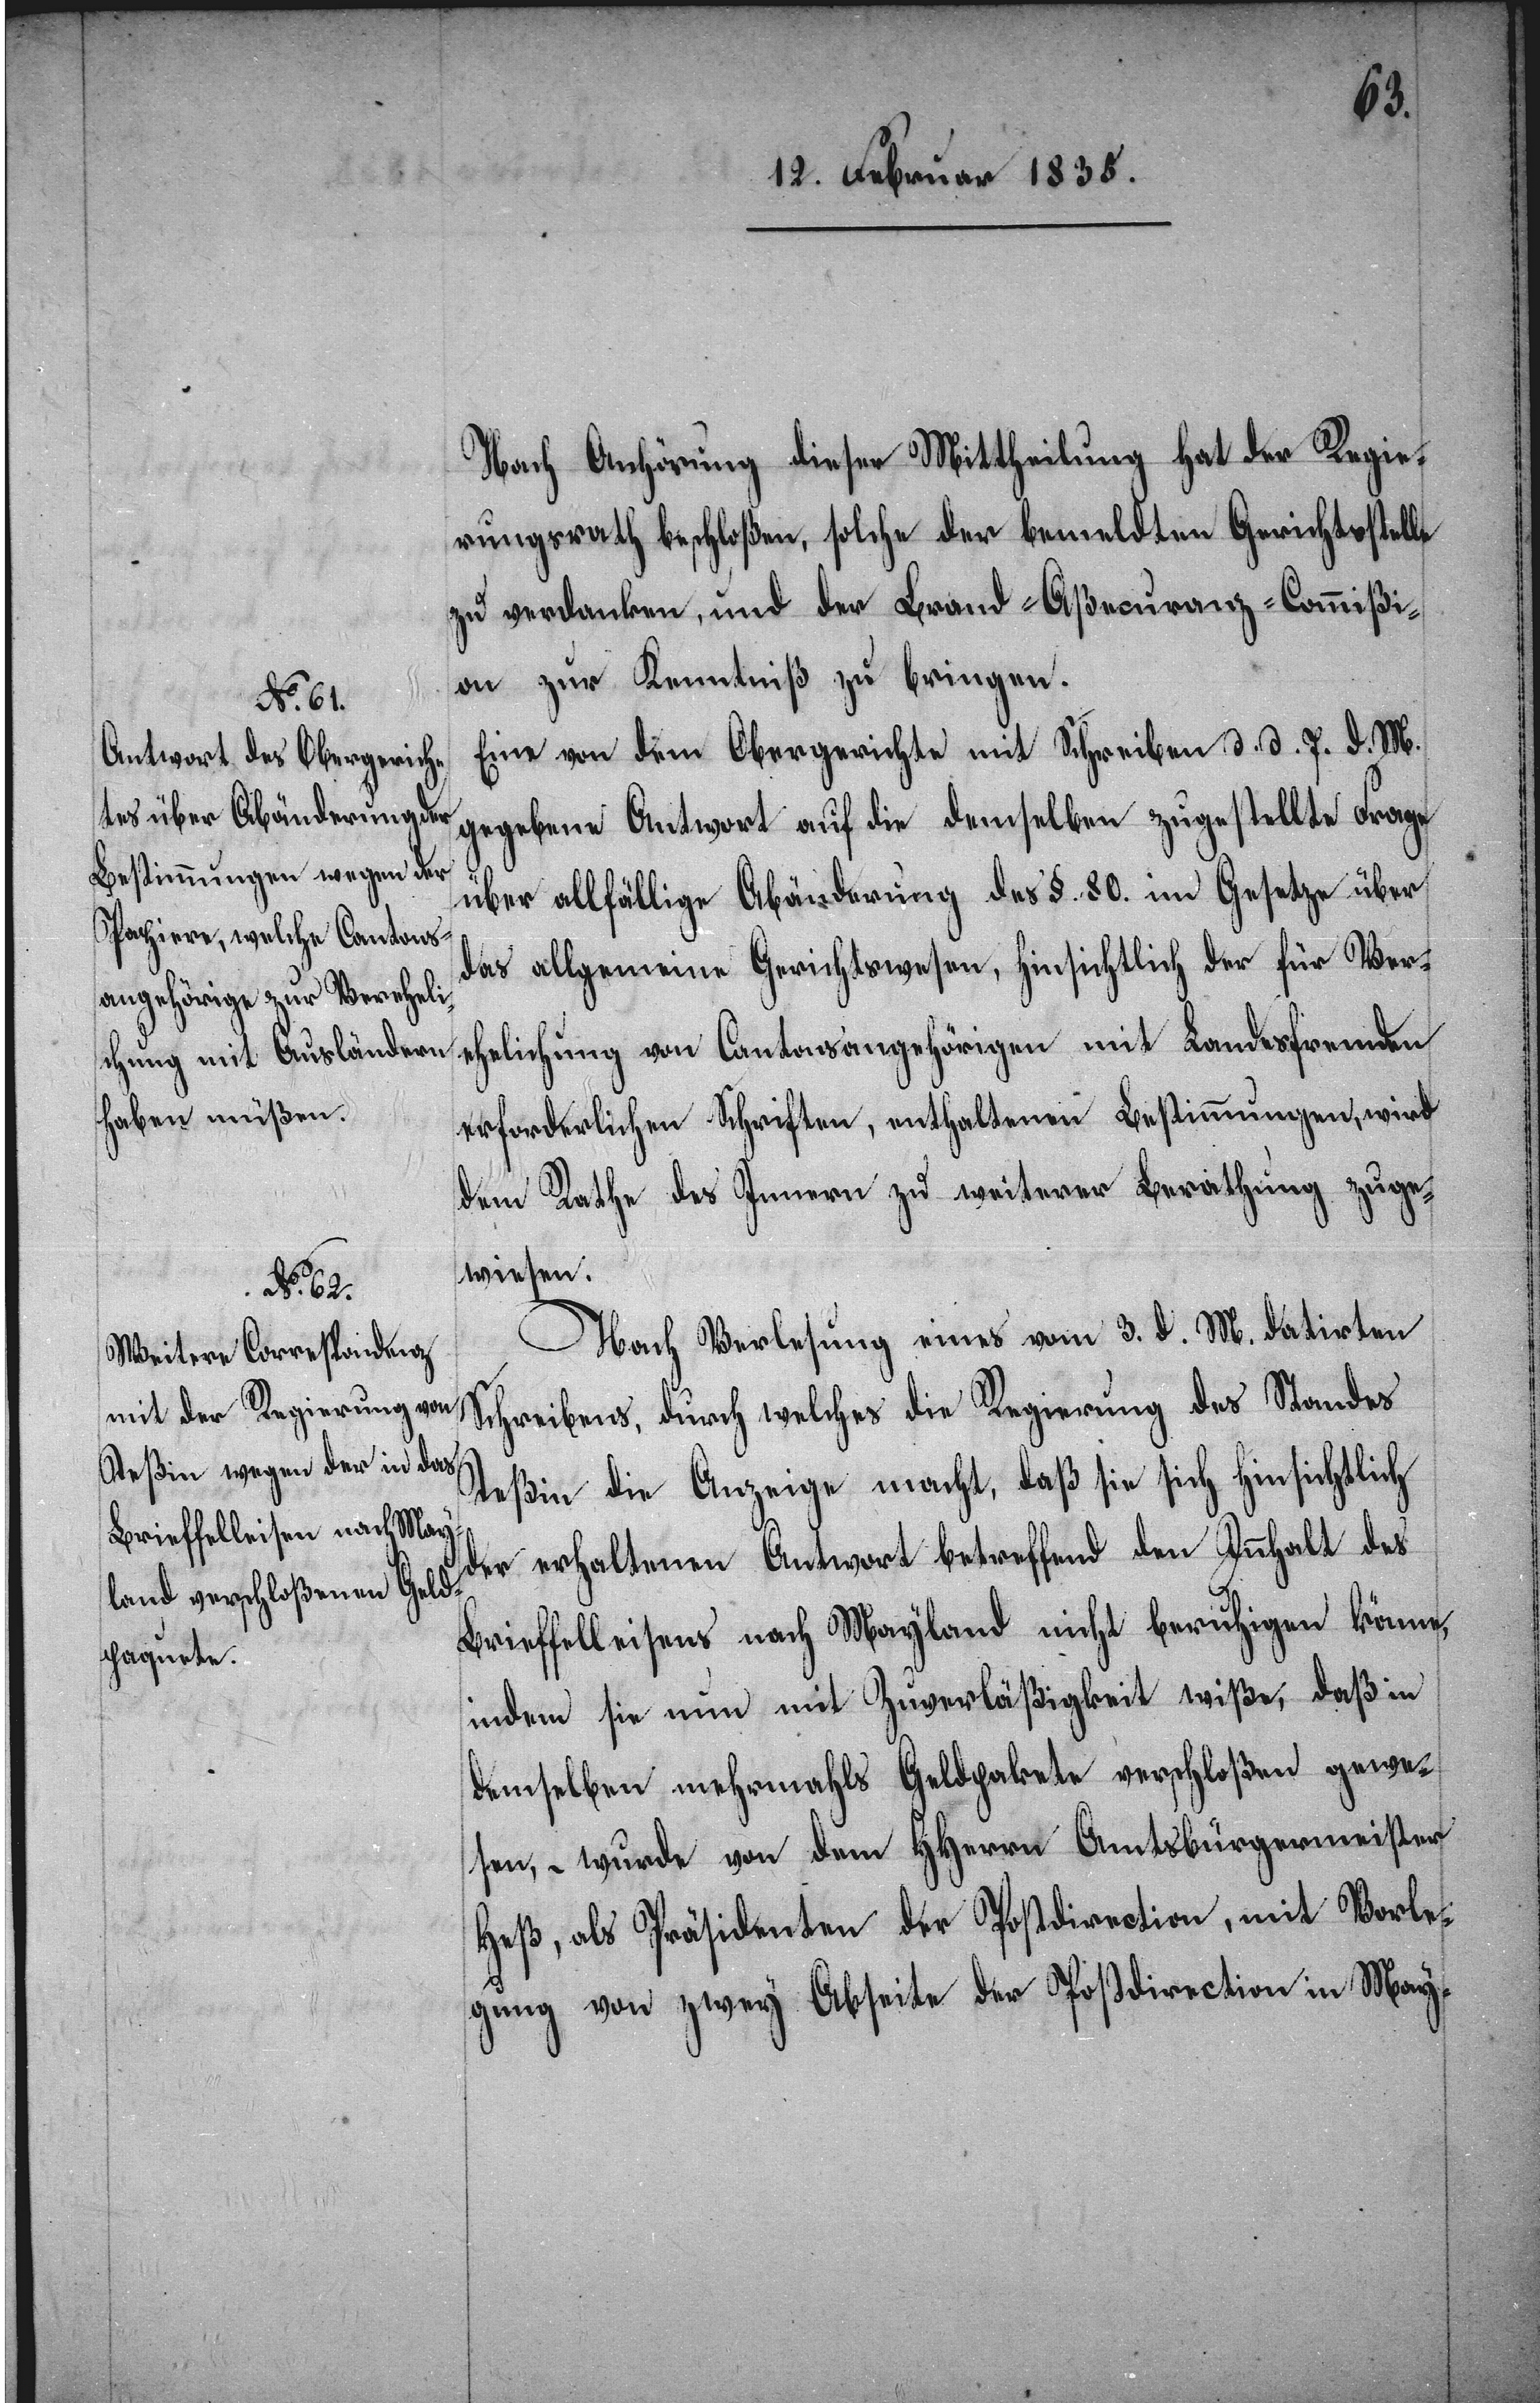
Nach Anhörung dieser Mittheilung hat der Regie¬
rungsrath beschloßen, solche der bemeldten Gerichtsstelle
zu verdanken, und der Brand-Aßecuranz-Commißi¬
on zur Kenntniß zu bringen.
Eine von dem Obergerichte mit Schreiben d. d. 7. d. M.
gegebene Antwort auf die denselben zugestellte Frage
über allfällige Abänderung des §. 80. im Gesetze über
das allgemeine Gerichtswesen, hinsichtlich der für Ver¬
ehelichung von Cantonsangehörigen mit Landesfremden
erforderlichen Schriften, enthaltenen Bestimmungen, wird
dem Rathe des Innern zu weiterer Berathung zuge¬
wiesen.
Nach Verlesung eines vom 3. d. M. datirten
Schreibens, durch welches die Regierung des Standes
Teßin die Anzeige macht, daß sie sich hinsichtlich
der erhaltenen Antwort betreffend den Inhalt des
Brieffelleisens nach Mayland nicht beruhigen könne,
indem sie nun mit Zuverläßigkeit wiße, daß in
demselben mehrmals Geldpakete verschloßen gewe¬
sen, – wurde von dem HHerren Amtsbürgermeister
Heß, als Präsidenten der Postdirection, mit Vorle¬
gung von zwey Abseite der Postdirection in May-